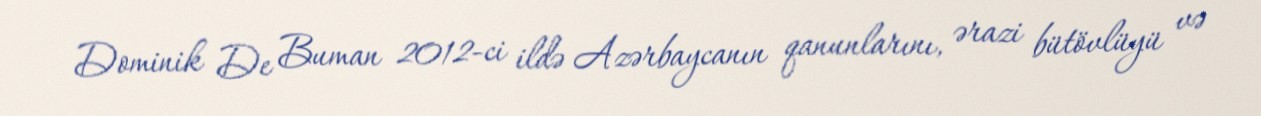
Dominik De Buman 2012-ci ildə Azərbaycanın qanunlarını, ərazi bütövlüyü və